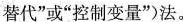
替代”或”控制变量”)法。